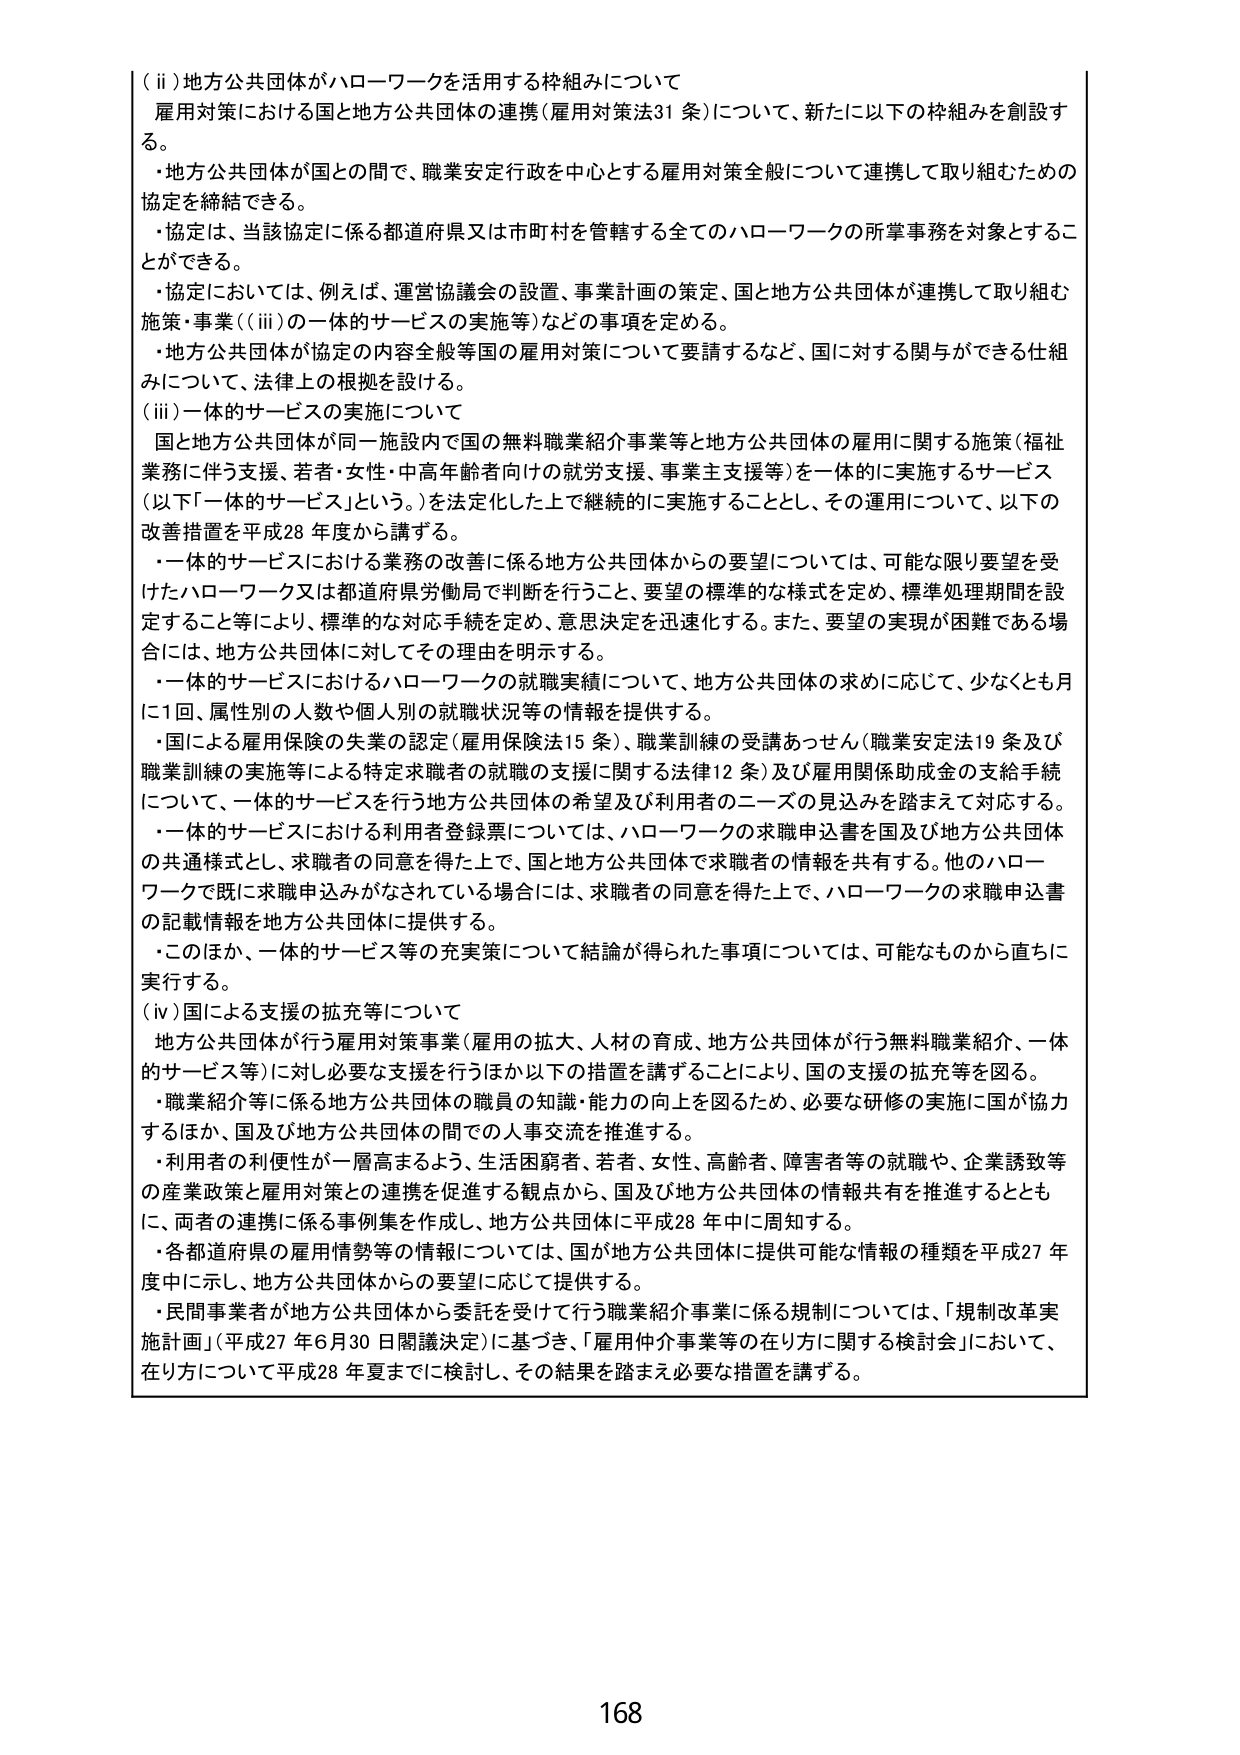
（ⅱ）地方公共団体がハローワークを活用する枠組みについて
雇用対策における国と地方公共団体の連携（雇用対策法31条）について、新たに以下の枠組みを創設する。
・地方公共団体が国との間で、職業安定行政を中心とする雇用対策全般について連携して取り組むための協定を締結できる。
・協定は、当該協定に係る都道府県又は市町村を管轄する全てのハローワークの所掌事務を対象とすることができる。
・協定においては、例えば、運営協議会の設置、事業計画の策定、国と地方公共団体が連携して取り組む施策・事業（（ⅲ）の一体的サービスの実施等）などの事項を定める。
・地方公共団体が協定の内容全般等国の雇用対策について要請するなど、国に対する関与ができる仕組みについて、法律上の根拠を設ける。

（ⅲ）一体的サービスの実施について
国と地方公共団体が同一施設内で国の無料職業紹介事業等と地方公共団体の雇用に関する施策（福祉業務に伴う支援、若者・女性・中高年齢者向けの就労支援、事業主支援等）を一体的に実施するサービス（以下「一体的サービス」という。）を法定化した上で継続的に実施することとし、その運用について、以下の改善措置を平成28年度から講ずる。
・一体的サービスにおける業務の改善に係る地方公共団体からの要望については、可能な限り要望を受けたハローワーク又は都道府県労働局で判断を行うこと、要望の標準的な様式を定め、標準処理期間を設定すること等により、標準的な対応手続を定め、意思決定を迅速化する。また、要望の実現が困難である場合には、地方公共団体に対してその理由を明示する。
・一体的サービスにおけるハローワークの就職実績について、地方公共団体の求めに応じて、少なくとも月に1回、属性別の人数や個人別の就職状況等の情報を提供する。
・国による雇用保険の失業の認定（雇用保険法15条）、職業訓練の受講あっせん（職業安定法19条及び職業訓練の実施等による特定求職者の就職の支援に関する法律12条）及び雇用関係助成金の支給手続について、一体的サービスを行う地方公共団体の希望及び利用者のニーズの見込みを踏まえて対応する。
・一体的サービスにおける利用者登録票については、ハローワークの求職申込書を国及び地方公共団体の共通様式とし、求職者の同意を得た上で、国と地方公共団体で求職者の情報を共有する。他のハローワークで既に求職申込みがなされている場合には、求職者の同意を得た上で、ハローワークの求職申込書の記載情報を地方公共団体に提供する。
・このほか、一体的サービス等の充実策について結論が得られた事項については、可能なものから直ちに実行する。

（ⅳ）国による支援の拡充等について
地方公共団体が行う雇用対策事業（雇用の拡大、人材の育成、地方公共団体が行う無料職業紹介、一体的サービス等）に対し必要な支援を行うほか以下の措置を講ずることにより、国の支援の拡充等を図る。
・職業紹介等に係る地方公共団体の職員の知識・能力の向上を図るため、必要な研修の実施に国が協力するほか、国及び地方公共団体の間での人事交流を推進する。
・利用者の利便性が一層高まるよう、生活困窮者、若者、女性、高齢者、障害者等の就職や、企業誘致等の産業政策と雇用対策との連携を促進する観点から、国及び地方公共団体の情報共有を推進するとともに、両者の連携に係る事例集を作成し、地方公共団体に平成28年中に周知する。
・各都道府県の雇用情勢等の情報については、国が地方公共団体に提供可能な情報の種類を平成27年度中に示し、地方公共団体からの要望に応じて提供する。
・民間事業者が地方公共団体から委託を受けて行う職業紹介事業に係る規制については、「規制改革実施計画」（平成27年6月30日閣議決定）に基づき、「雇用仲介事業等の在り方に関する検討会」において、在り方について平成28年夏までに検討し、その結果を踏まえ必要な措置を講ずる。

168